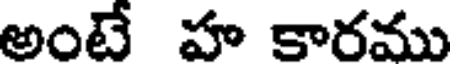
అంటే హ కారము